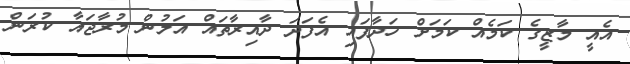
އެއީ މާޒީގެ ކަމެއް ކަމަށް ހަދާފައި އެފަދަ ދާއިރާތައް އަލުން މުރާޖައާ ކުރަން